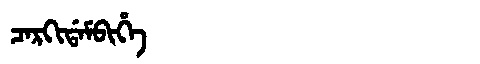
Manchu: ᠴᠠᡵᡴᡳᡩᠠᠮᠪᡳᡥᡝ
Romanization: CARKIDAMBIHE